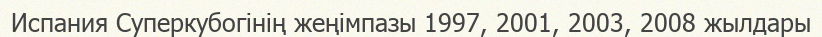
Испания Суперкубогінің жеңімпазы 1997, 2001, 2003, 2008 жылдары